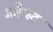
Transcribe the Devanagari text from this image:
अगैन्स्ट